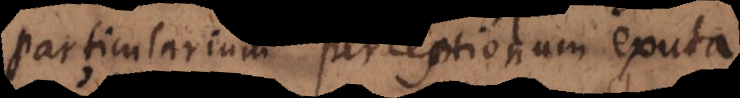
particularium perceptionum exuta